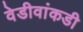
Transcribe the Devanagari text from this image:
वेडीवांकडी